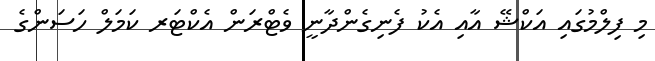
މި ފިލްމުގައި އަކްޝޭ އާއި އެކު ފެނިގެންދާނީ ވެޓްރަން އެކްޓަރ ކަމަލް ހަސަންގެ